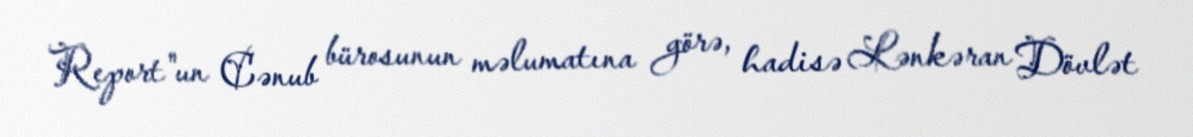
Report"un Cənub bürosunun məlumatına görə, hadisə Lənkəran Dövlət